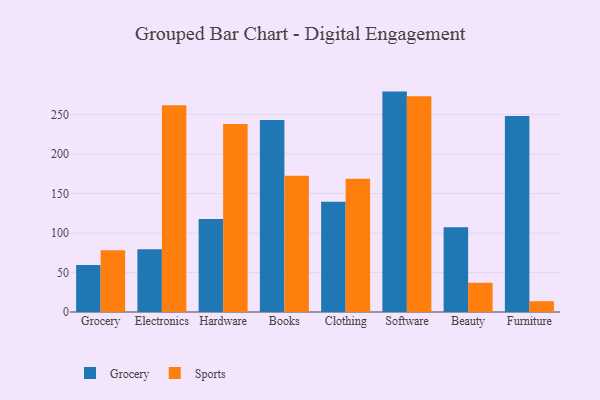
{"axis": {"x": "Category", "y": "Shipments"}, "legend": ["Grocery", "Sports"], "data": [{"x": "Grocery", "y": 59.6, "type": "Grocery"}, {"x": "Grocery", "y": 78.3, "type": "Sports"}, {"x": "Electronics", "y": 79.5, "type": "Grocery"}, {"x": "Electronics", "y": 261.8, "type": "Sports"}, {"x": "Hardware", "y": 117.9, "type": "Grocery"}, {"x": "Hardware", "y": 238.2, "type": "Sports"}, {"x": "Books", "y": 243.1, "type": "Grocery"}, {"x": "Books", "y": 172.5, "type": "Sports"}, {"x": "Clothing", "y": 139.5, "type": "Grocery"}, {"x": "Clothing", "y": 168.8, "type": "Sports"}, {"x": "Software", "y": 279.1, "type": "Grocery"}, {"x": "Software", "y": 273.2, "type": "Sports"}, {"x": "Beauty", "y": 107.4, "type": "Grocery"}, {"x": "Beauty", "y": 37.0, "type": "Sports"}, {"x": "Furniture", "y": 248.3, "type": "Grocery"}, {"x": "Furniture", "y": 13.7, "type": "Sports"}]}